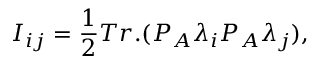
I _ { i j } = { \frac { 1 } { 2 } } T r . ( P _ { A } \lambda _ { i } P _ { A } \lambda _ { j } ) ,